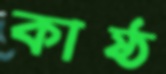
কাষ্ঠ